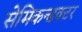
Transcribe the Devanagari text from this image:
सेमिकन्डक्टर